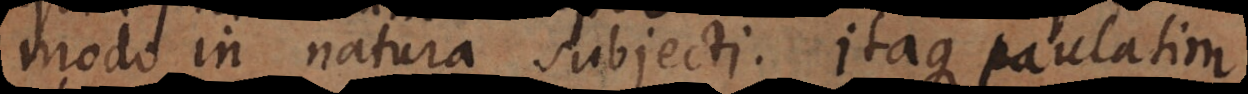
modo in natura subjecti. Itaque paulatim